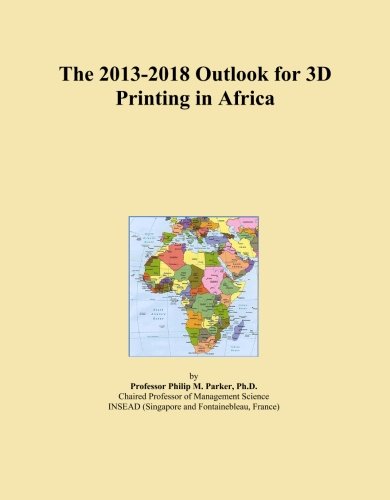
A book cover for The 2013-2018 Outlook for 3D Printing in Africa; Icon Group International; Computers & Technology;